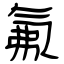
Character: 氟